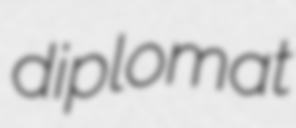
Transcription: diplomat